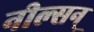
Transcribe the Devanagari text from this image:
नील्सन्